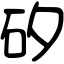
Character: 矽